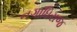
નગાધિરાજ